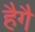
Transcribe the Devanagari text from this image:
हैगै